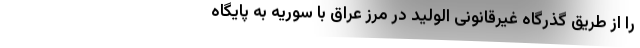
را از طریق گذرگاه غیرقانونی الولید در مرز عراق با سوریه به پایگاه